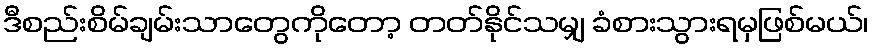
ဒီစည်းစိမ်ချမ်းသာတွေကိုတော့ တတ်နိုင်သမျှ ခံစားသွားရမှဖြစ်မယ်၊